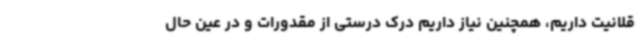
قلانیت داریم، همچنین نیاز داریم درک درستی از مقدورات و در عین حال